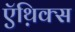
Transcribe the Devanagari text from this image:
ऍथ़िक्स